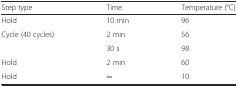
| Step type | Time | Temperature (°C) |
 | --- | --- | --- |
 | Hold | 10 min | 96 |
 | <ROWSPAN=2> Cycle (40 cycles) | 2 min | 56 |
 | 30 s | 98 |
 | Hold | 2 min | 60 |
 | Hold | ∞ | 10 |